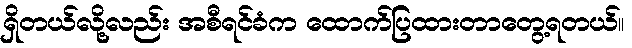
ရှိတယ်လို့လည်း အစီရင်ခံက ထောက်ပြထားတာတွေ့ရတယ်။